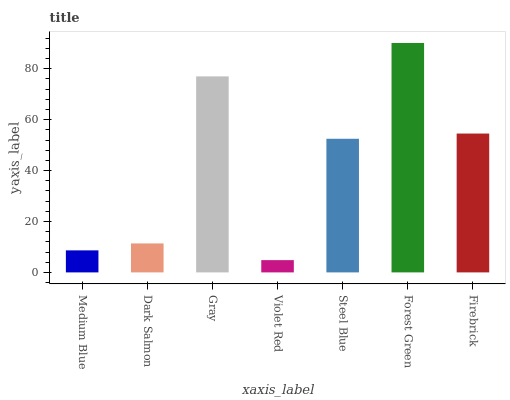
| xaxis_label | bars |
 | --- | --- |
 | Medium Blue | 8.66 |
 | Dark Salmon | 11.4 |
 | Gray | 77 |
 | Violet Red | 4.82 |
 | Steel Blue | 52.5 |
 | Forest Green | 90.1 |
 | Firebrick | 54.5 |